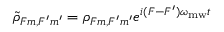
\tilde { \rho } _ { F m , F ^ { \prime } m ^ { \prime } } = \rho _ { F m , F ^ { \prime } m ^ { \prime } } e ^ { i ( F - F ^ { \prime } ) \omega _ { \mathrm { m w } } t }